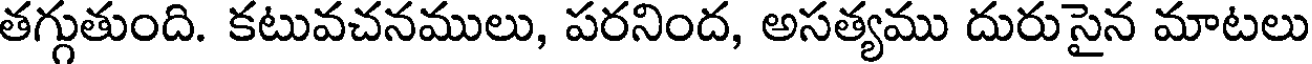
తగ్గుతుంది. కటువచనములు, పరనింద, అసత్యము దురుసైన మాటలు